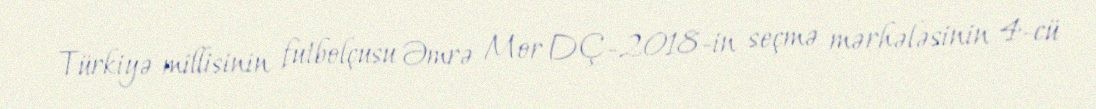
Türkiyə millisinin futbolçusu Əmrə Mor DÇ-2018-in seçmə mərhələsinin 4-cü